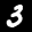
Label: 3